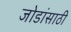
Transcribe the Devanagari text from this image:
जोडांसाठी